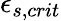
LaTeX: \epsilon_{s,crit}